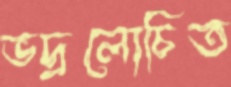
ভদ্রলোচিত